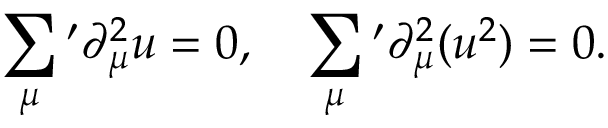
\sum _ { \mu } { } ^ { \prime } \partial _ { \mu } ^ { 2 } u = 0 , \quad \sum _ { \mu } { } ^ { \prime } \partial _ { \mu } ^ { 2 } ( u ^ { 2 } ) = 0 .